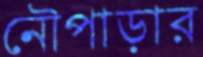
নৌপাড়ার